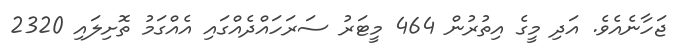
ޖަހާނެއެވެ. އަދި މީގެ އިތުރުން 464 މީޓަރު ސަރަހައްދެއްގައި އެއްގަމު ތޮށިލައި 2320